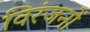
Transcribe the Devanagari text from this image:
विरंजनों